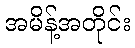
အမိန့်အတိုင်း